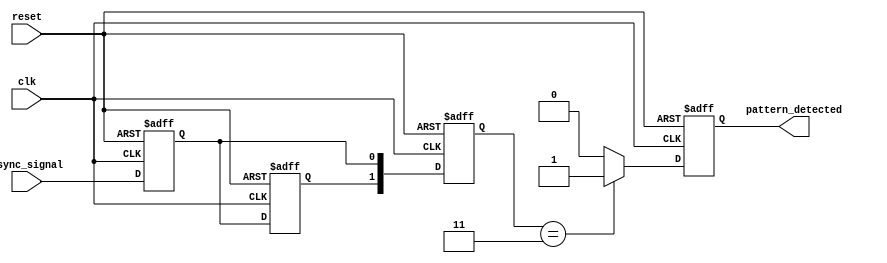
module dual_ff_detector (
    input wire clk,              // Clock signal for synchronization
    input wire reset,            // Asynchronous reset signal
    input wire async_signal,     // Input signal to detect patterns
    output reg pattern_detected   // Output signal indicating pattern detection
);

    // State definitions
    reg ff1, ff2;                // Two D flip-flops
    reg [1:0] pattern_memory;    // Memory blocks to store intermediate states
    reg [1:0] expected_pattern;   // Define the expected pattern here

    // Initialization of expected pattern (example pattern 2'b11)
    initial begin
        expected_pattern = 2'b11; // Change this to the pattern you want to detect
        pattern_detected = 0;      // Initially no pattern detected
    end

    // Dual Flip-Flops for synchronization
    always @(posedge clk or posedge reset) begin
        if (reset) begin
            ff1 <= 0;
            ff2 <= 0;
        end else begin
            ff1 <= async_signal;    // Sample input signal
            ff2 <= ff1;             // Sample the state of ff1
        end
    end

    // Memory Block to Store Intermediate States
    always @(posedge clk or posedge reset) begin
        if (reset) begin
            pattern_memory <= 2'b00; // Clear memory on reset
            pattern_detected <= 0;   // Clear detection signal
        end else begin
            pattern_memory <= {ff2, ff1}; // Store current states in memory block
            
            // Check if the stored pattern matches the expected pattern
            if (pattern_memory == expected_pattern) begin
                pattern_detected <= 1; // Assert if pattern is detected
            end else begin
                pattern_detected <= 0; // De-assert if pattern is not detected
            end
        end
    end

endmodule